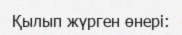
Қылып жүрген өнері: